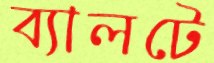
ব্যালটে